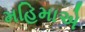
મહિમાએ